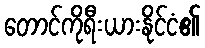
တောင်ကိုရီးယားနိုင်ငံ၏